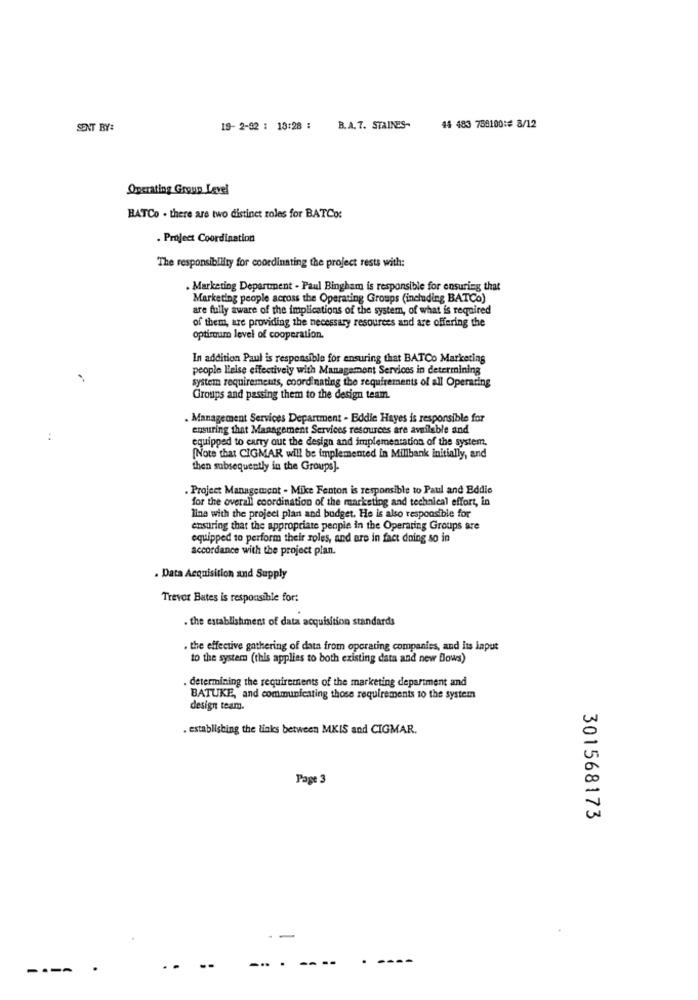
SENT BY:
19- 2-32 : 13:28 :
B.A.T. STAINES-
44 483 758100:# 8/12
Operating Group Level
BATCo . there are two distinct roles for BATCo:
. Project Coordination
The responsibility for coordinating the project rests with:
. Marketing Department - Paul Bingham is responsible for ensuring that
Marketing people across the Operating Groups (including BATCo)
are fully aware of the implications of the system, of what is required
of them, are providing the necessary resources and are offering the
optimum level of cooperation.
In addition Paul is responsible for ensuring that BATCo Marketing
people Hieise effectively with Management Services in determining
system requirements, coordinating the requirements of all Operaring
Groups and passing them to the design team.
. Management Services Department - Eddie Hayes is responsible for
ensuring that Management Services resources are available and
equipped to carry out the design and implementation of the system.
[Note that CIGMAR will be implemented in Millbank initially, and
then subsequently in the Groups].
. Project Management - Mike Fenton is responsible to Paul and Eddie
for the overall coordination of the marketing and technical effort, in
line with the project plan and budget. He is also responsible for
ensuring that the appropriate people in the Operating Groups are
equipped to perform their soles, and are in fact doing so in
accordance with the project plan.
. Data Acquisition and Supply
Trevor Bates is responsible for:
. the establishment of data acquisition standards
. the effective gathering of data from operating companies, and Its input
to the system (this applies to both existing data and new flows)
. determining the requirements of the marketing department and
BATUKE, and communicating those requirements 10 the system
design team.
. establishing the links between MKIS and CIGMAR.
Page 3
301568173
-
- --
----
----
--
-